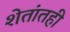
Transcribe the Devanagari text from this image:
शेतांतही